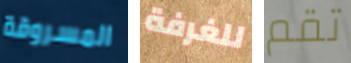
المسروقة للغرفة تقم